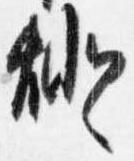
燈